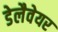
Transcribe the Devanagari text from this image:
डेलैवेयर